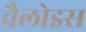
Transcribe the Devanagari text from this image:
वैलोइस